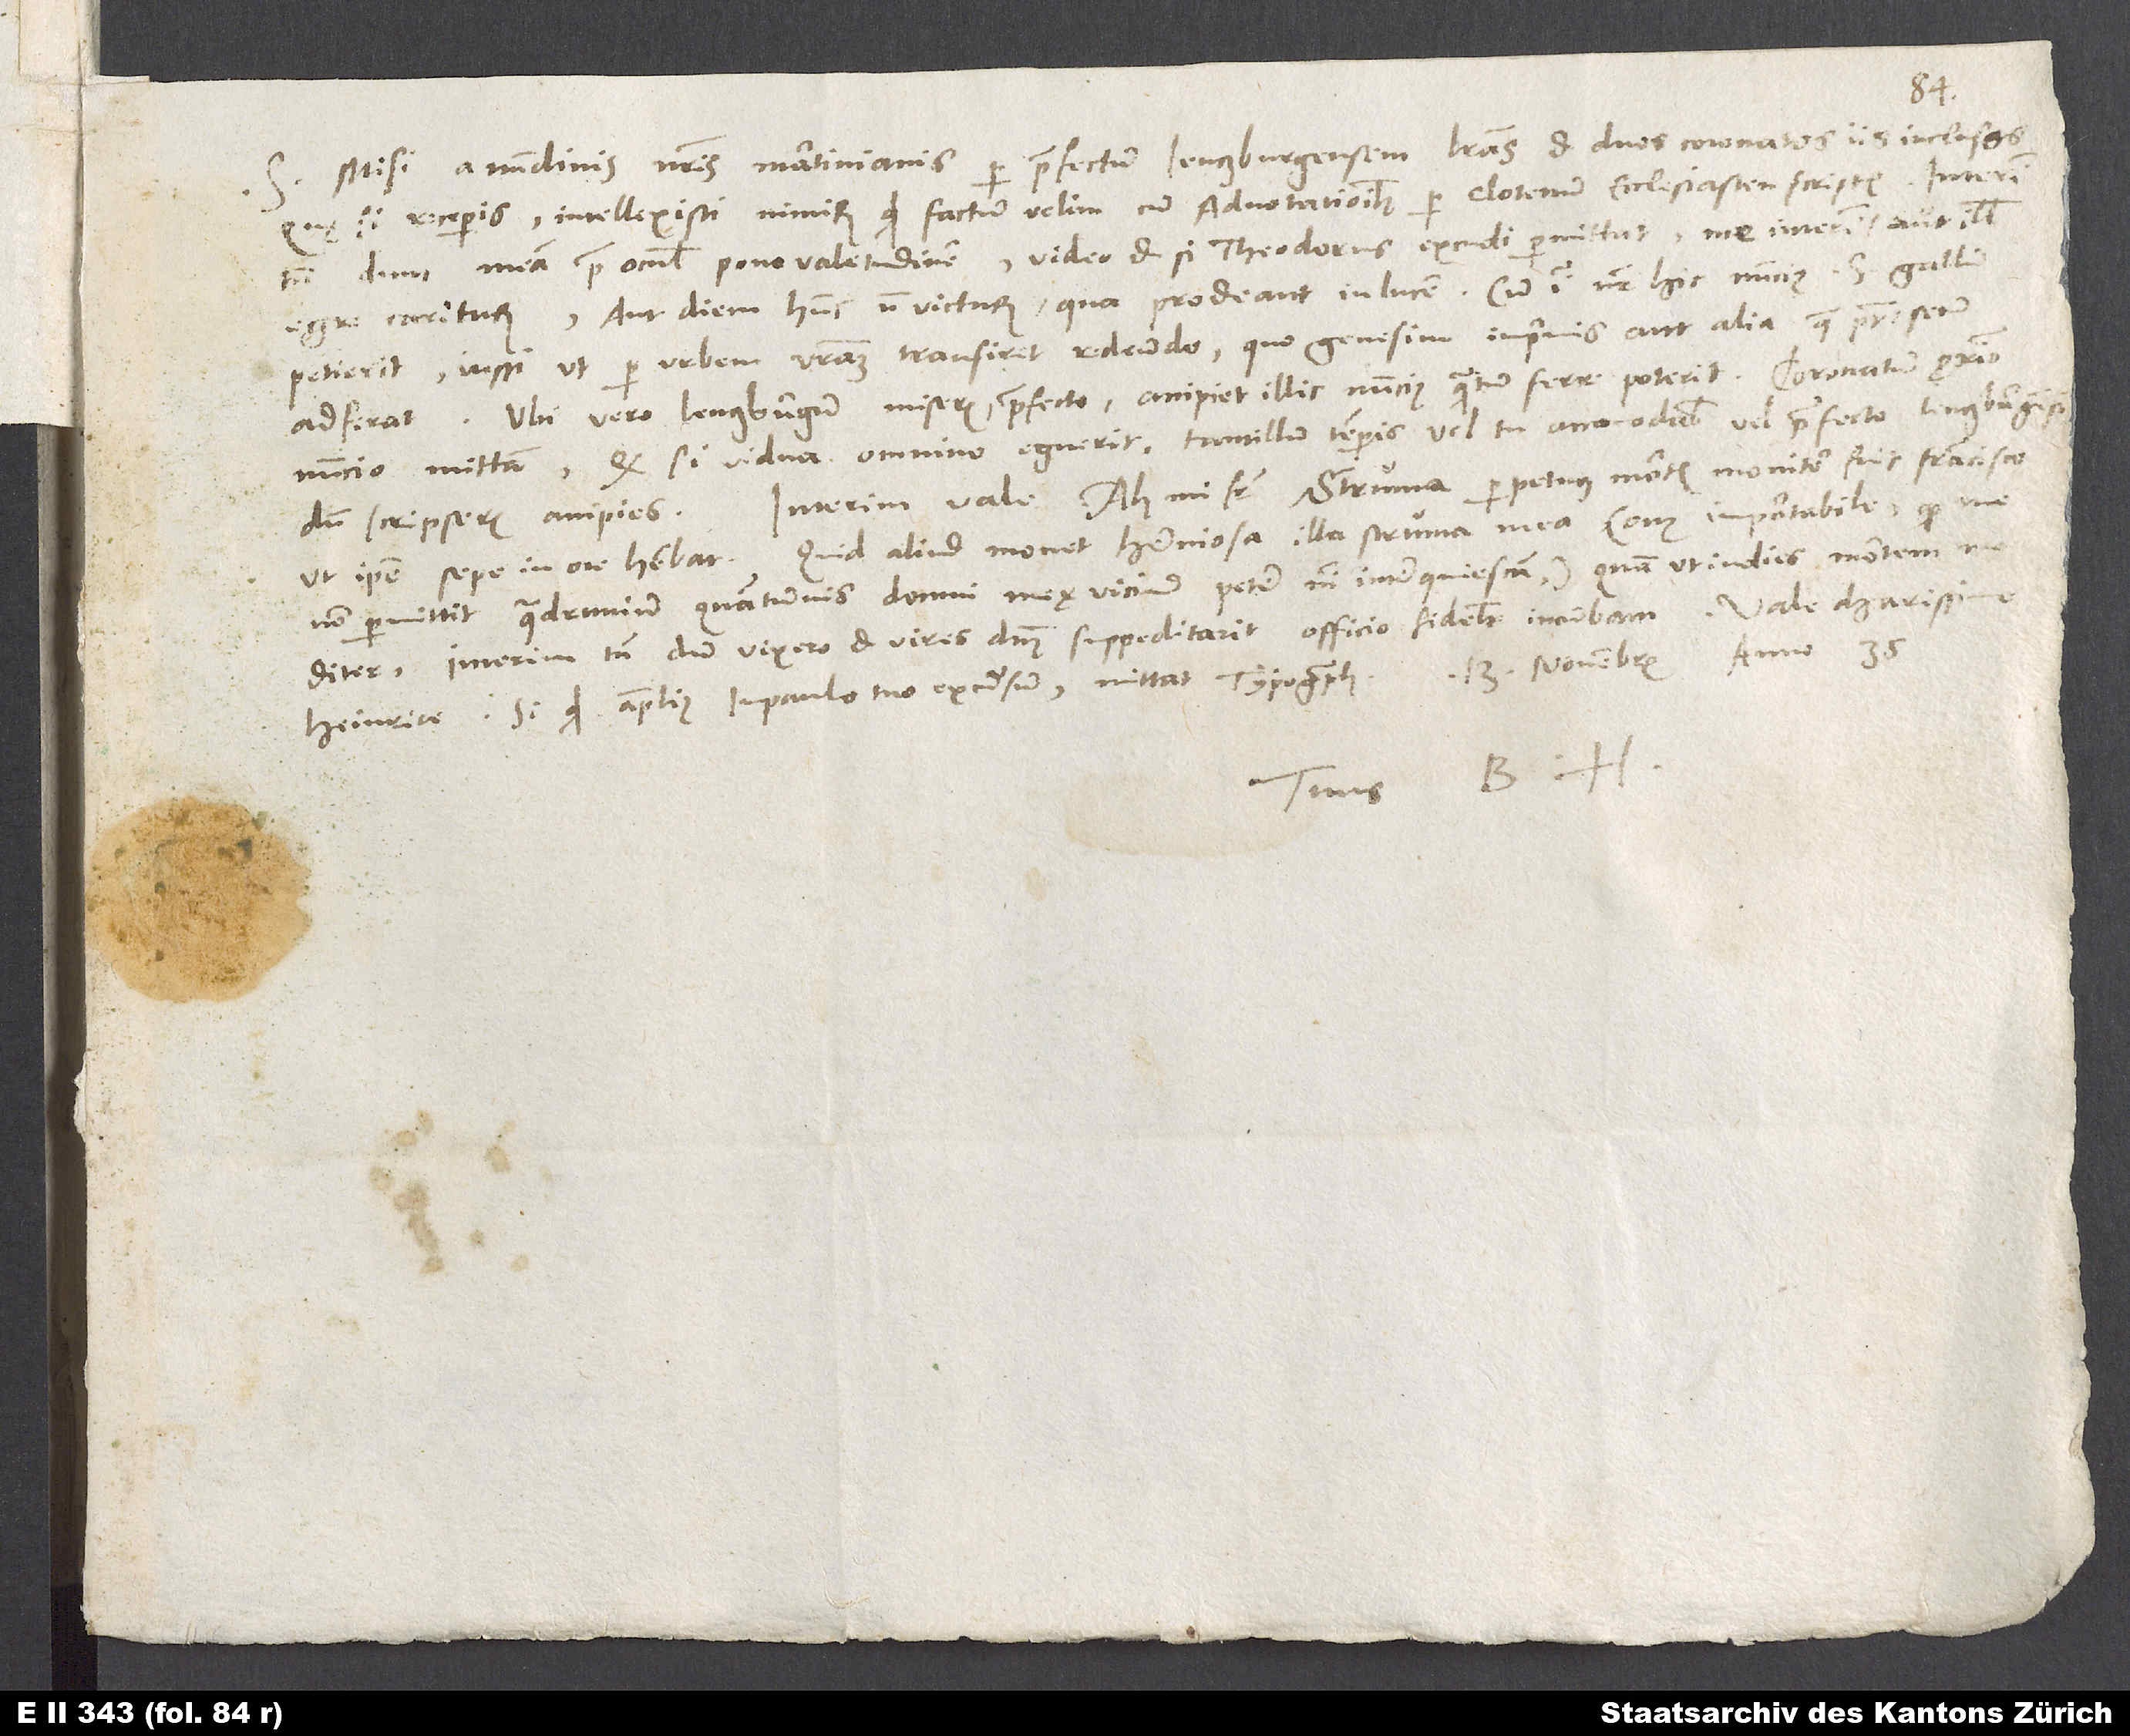
Misi a nundinis nostris Martinianis per praefectum Lenczburgensem literas et duos coronatos iis inclusos,
quę si receperis, intellexisti nimirum, quid factum velim cum adnotationibus per Clotenum ecclesiasten scriptis. Interim
tamen, dum meam prae oculis pono valetudinem, video, etsi Theodorus excudi permittat, me interim aut illis
egre cariturum aut diem hunc non victurum, qua prodeant in lucem. Cum igitur noster hic nuncius S. Gallum
petierit, iussi, ut per urbem vestram transiret redeundo, quo Genesim imprimis aut alia, quae potest, secum
adferat. Ubi vero Lenczburgum miseris praefecto, accipiet illic nuncius, quantum ferre poterit. Coronatum proximo
nuncio mittam. Quod si vidua omnino eguerit, tantillum temporis vel tu accomodabis vel praefecto Lenczburgensi
dum scripseris, accipies.
ut ipse sepe in ore habebat. Quid aliud monet herniosa illa struma mea (onus importabile, quod me
non permittit quadruvium quantumvis domui meę vicinum petere, nisi interquiescam), quam ut in dies mortem mediter?
Interim tamen, dum vixero et vires dominus suppeditarit, officio fideliter incumbam.